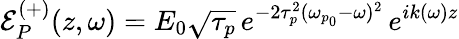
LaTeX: \mathcal{E}_{P}^{(+)}(z,\omega)=E_{0}\sqrt{\tau_{p}}\, e^{-2\tau_{p}^{2}(\omega_{p_{0}}-\omega)^{2}}\, e^{ik(\omega)z}